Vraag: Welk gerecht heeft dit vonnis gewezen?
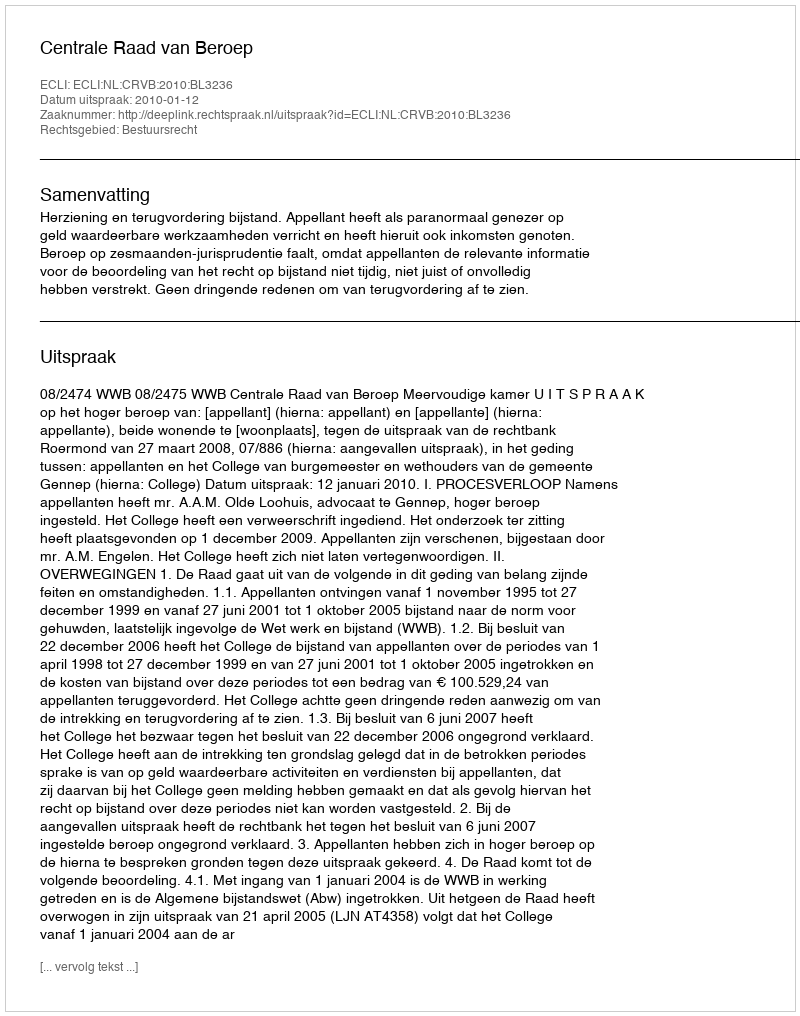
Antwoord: Centrale Raad van Beroep